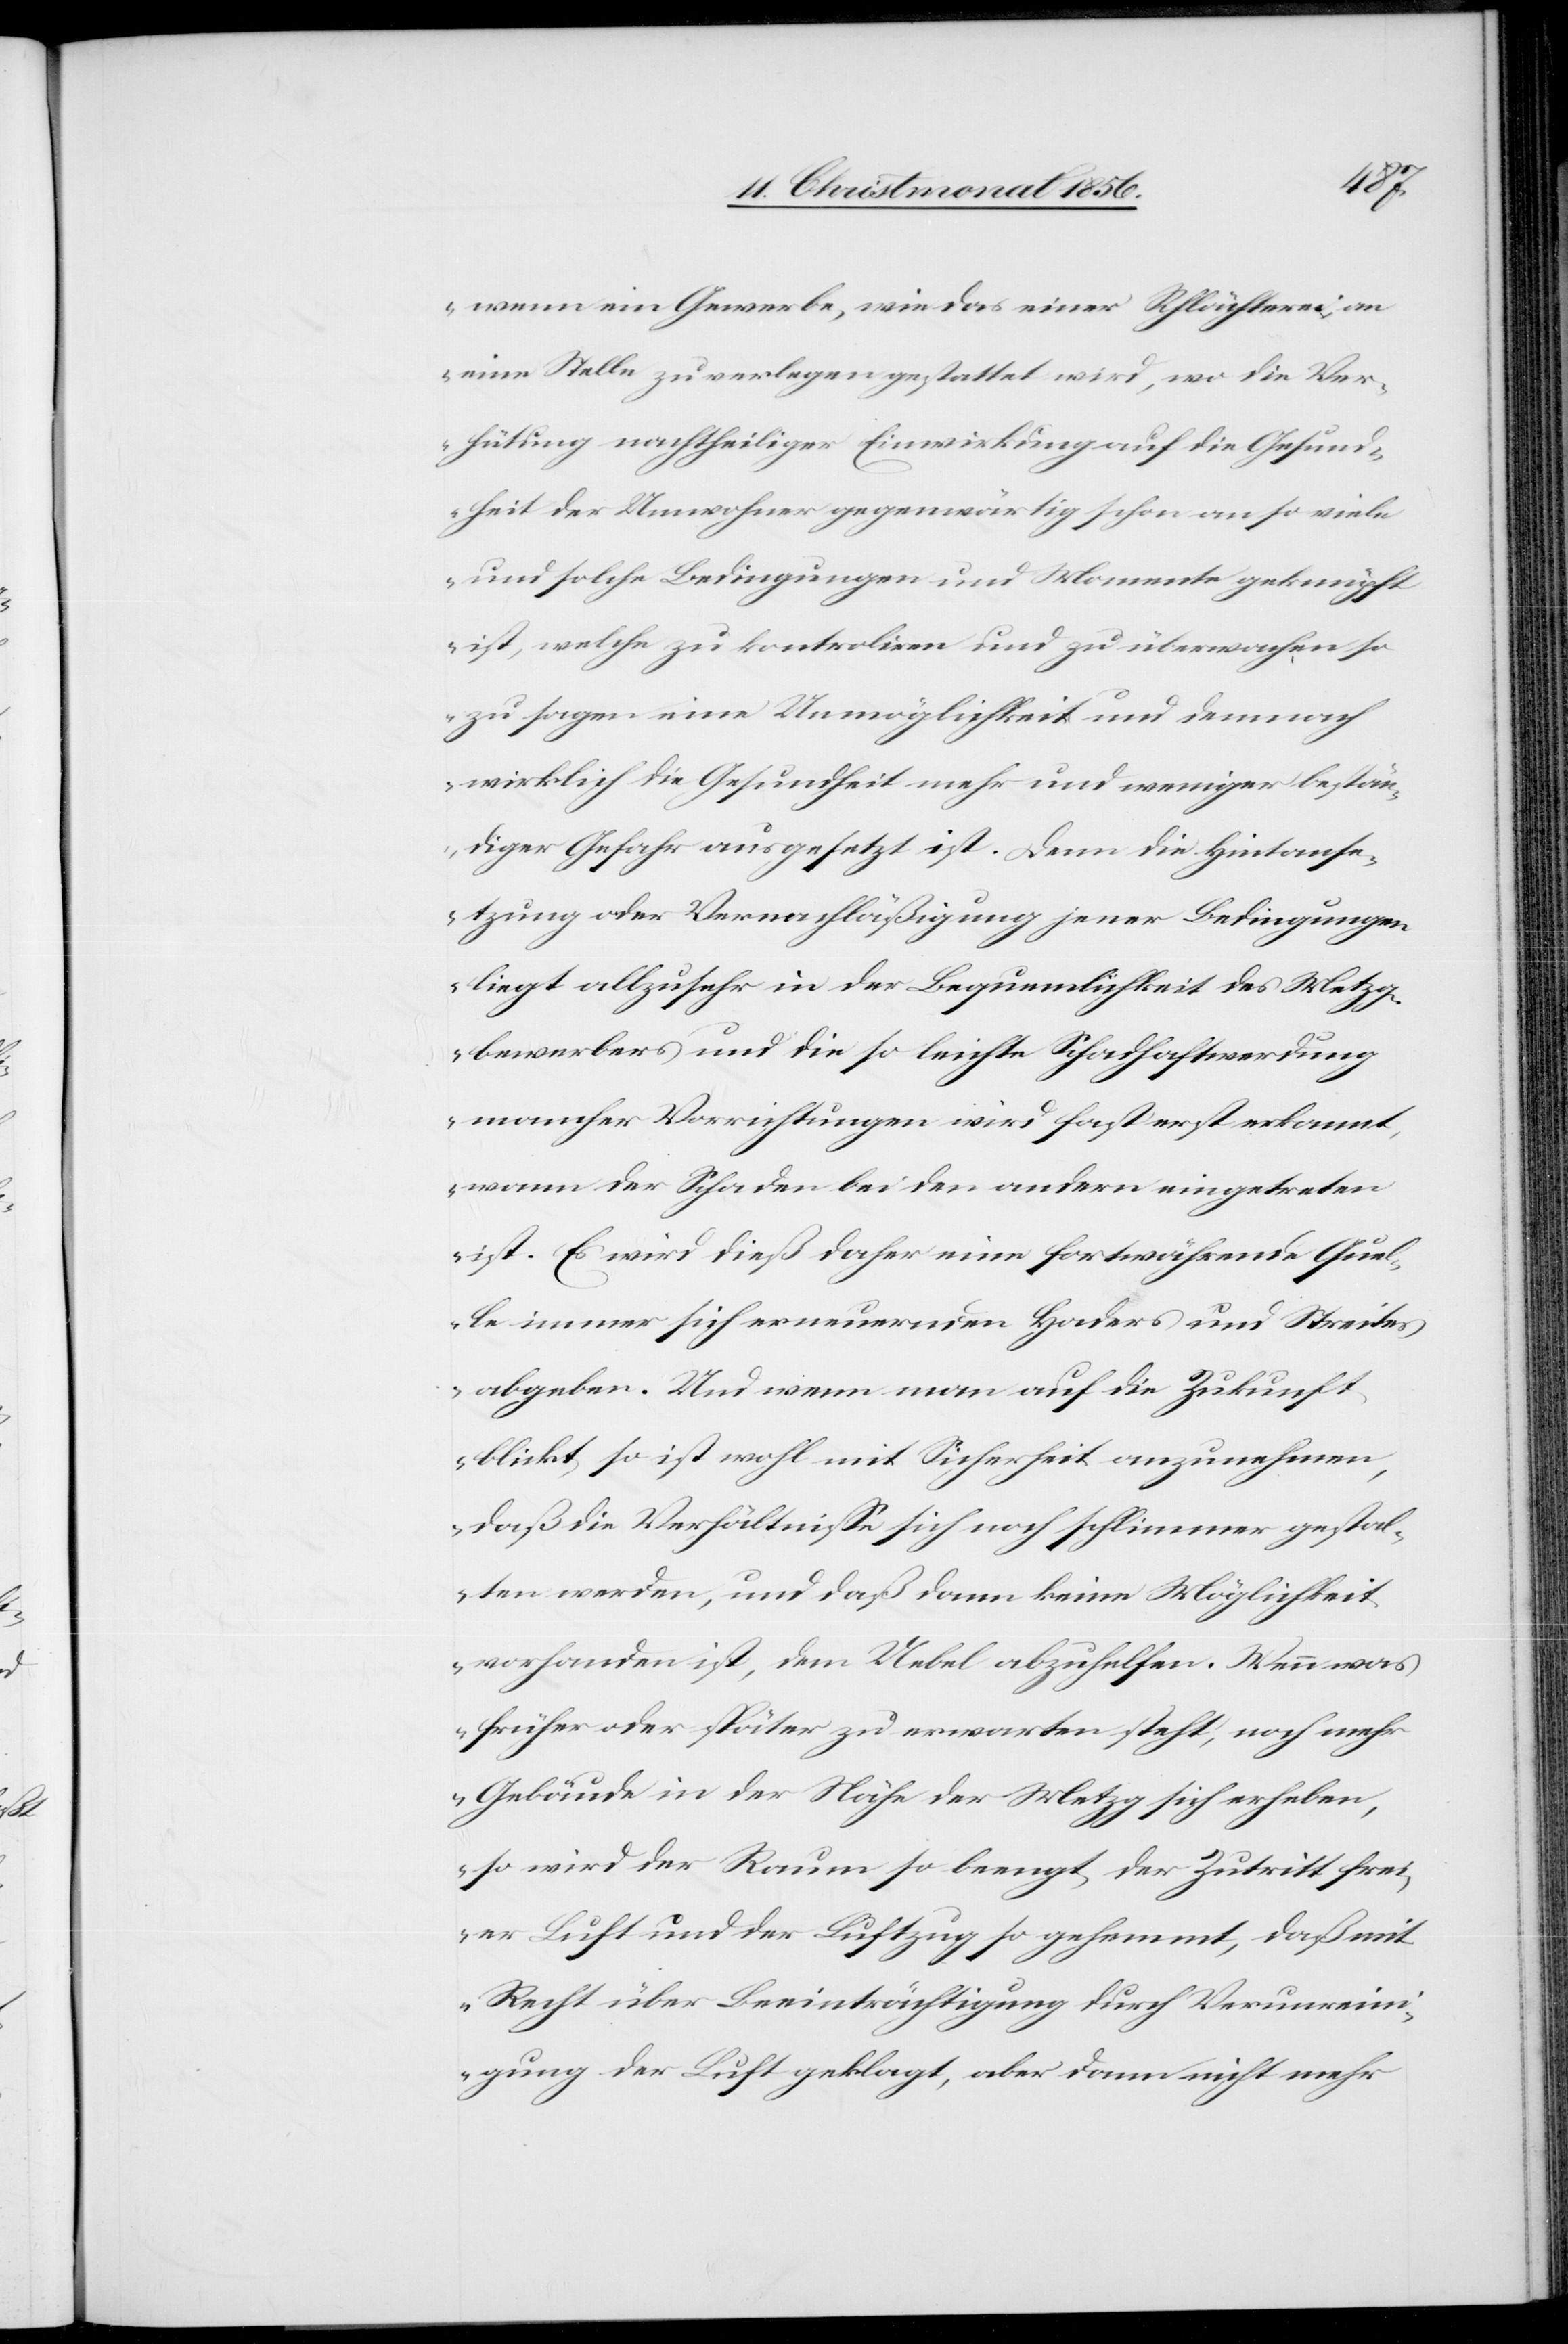
wenn ein Gewerbe, wie das einer Schlächterei, an
eine Stelle zu verlegen gestattet wird, wo die Ver¬
hütung nachtheiliger Einwirkung auf die Gesund¬
heit der Umwohner gegenwärtig schon an so viele
und solche Bedingungen und Momente geknüpft
ist, welche zu kontroliren und zu überwachen so
zu sagen eine Unmöglichkeit und demnach
wirklich die Gesundheit mehr und weniger bestän¬
diger Gefahr ausgesetzt ist. Denn die Hintanse¬
tzung oder Vernachläßigung jener Bedingungen
liegt allzusehr in der Bequemlichkeit des Metzg¬
bewerbers und die so leichte Schadhaftwerdung
mancher Vorrichtungen wird fast erst erkannt,
wann der Schaden bei den andern eingetreten
ist. Es wird dieß daher eine fortwährende Quel¬
le immer sich erneuernden Haders und Streites
abgeben. Und wenn man auf die Zukunft
blickt, so ist wohl mit Sicherheit anzunehmen,
daß die Verhältnisse sich noch schlimmer gestal¬
ten werden, und daß dann keine Möglichkeit
vorhanden ist, dem Uebel abzuhelfen. Wenn was
früher oder später zu erwarten steht, noch mehr
Gebäude in der Nähe der Metzg sich erheben,
so wird der Raum so beengt, der Zutritt frei¬
er Luft und der Luftzug so gehemmt, daß mit
Recht über Beeinträchtigung durch Verunreini¬
gung der Luft geklagt, aber dann nicht mehr